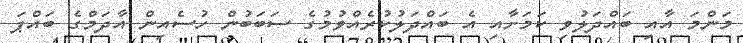
މަންމަ އާއި ބައްދަލުވި ކަމަށާއި އެ ބައްދަލުކުރެއްވުމުގެ ސަބަބުން ހުސެއިން އާދަމްގެ ބައްޕަ